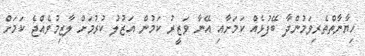
ހިޔާނާތްތެރިވަމުންދާ ބޭފުޅެއް ކަމަށާއި އޭނާ ވަޒީރު ކަމުން އަޒުލު ކުރުމަށް ލާޒިމުވެއްޖެ ކަމަށް